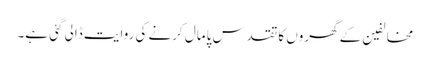
مخالفین کے گھروں کا تقدس پامال کرنے کی روایت ڈالی گئی ہے۔